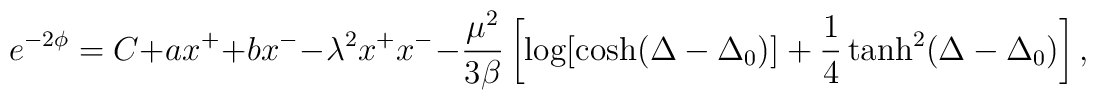
e^{-2\phi} = C + a x^+ + b x^- -\lambda^2 x^+ x^- -\frac{\mu^2}{3\beta} \left[\log[{\cosh({\Delta - \Delta_0})}]+\frac{1}{4} \tanh^2({\Delta - \Delta_0}) \right],